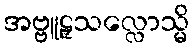
အဗ္ဗူဠှသလ္လောသ္မိ